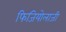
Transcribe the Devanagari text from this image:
फिजियोलाजी